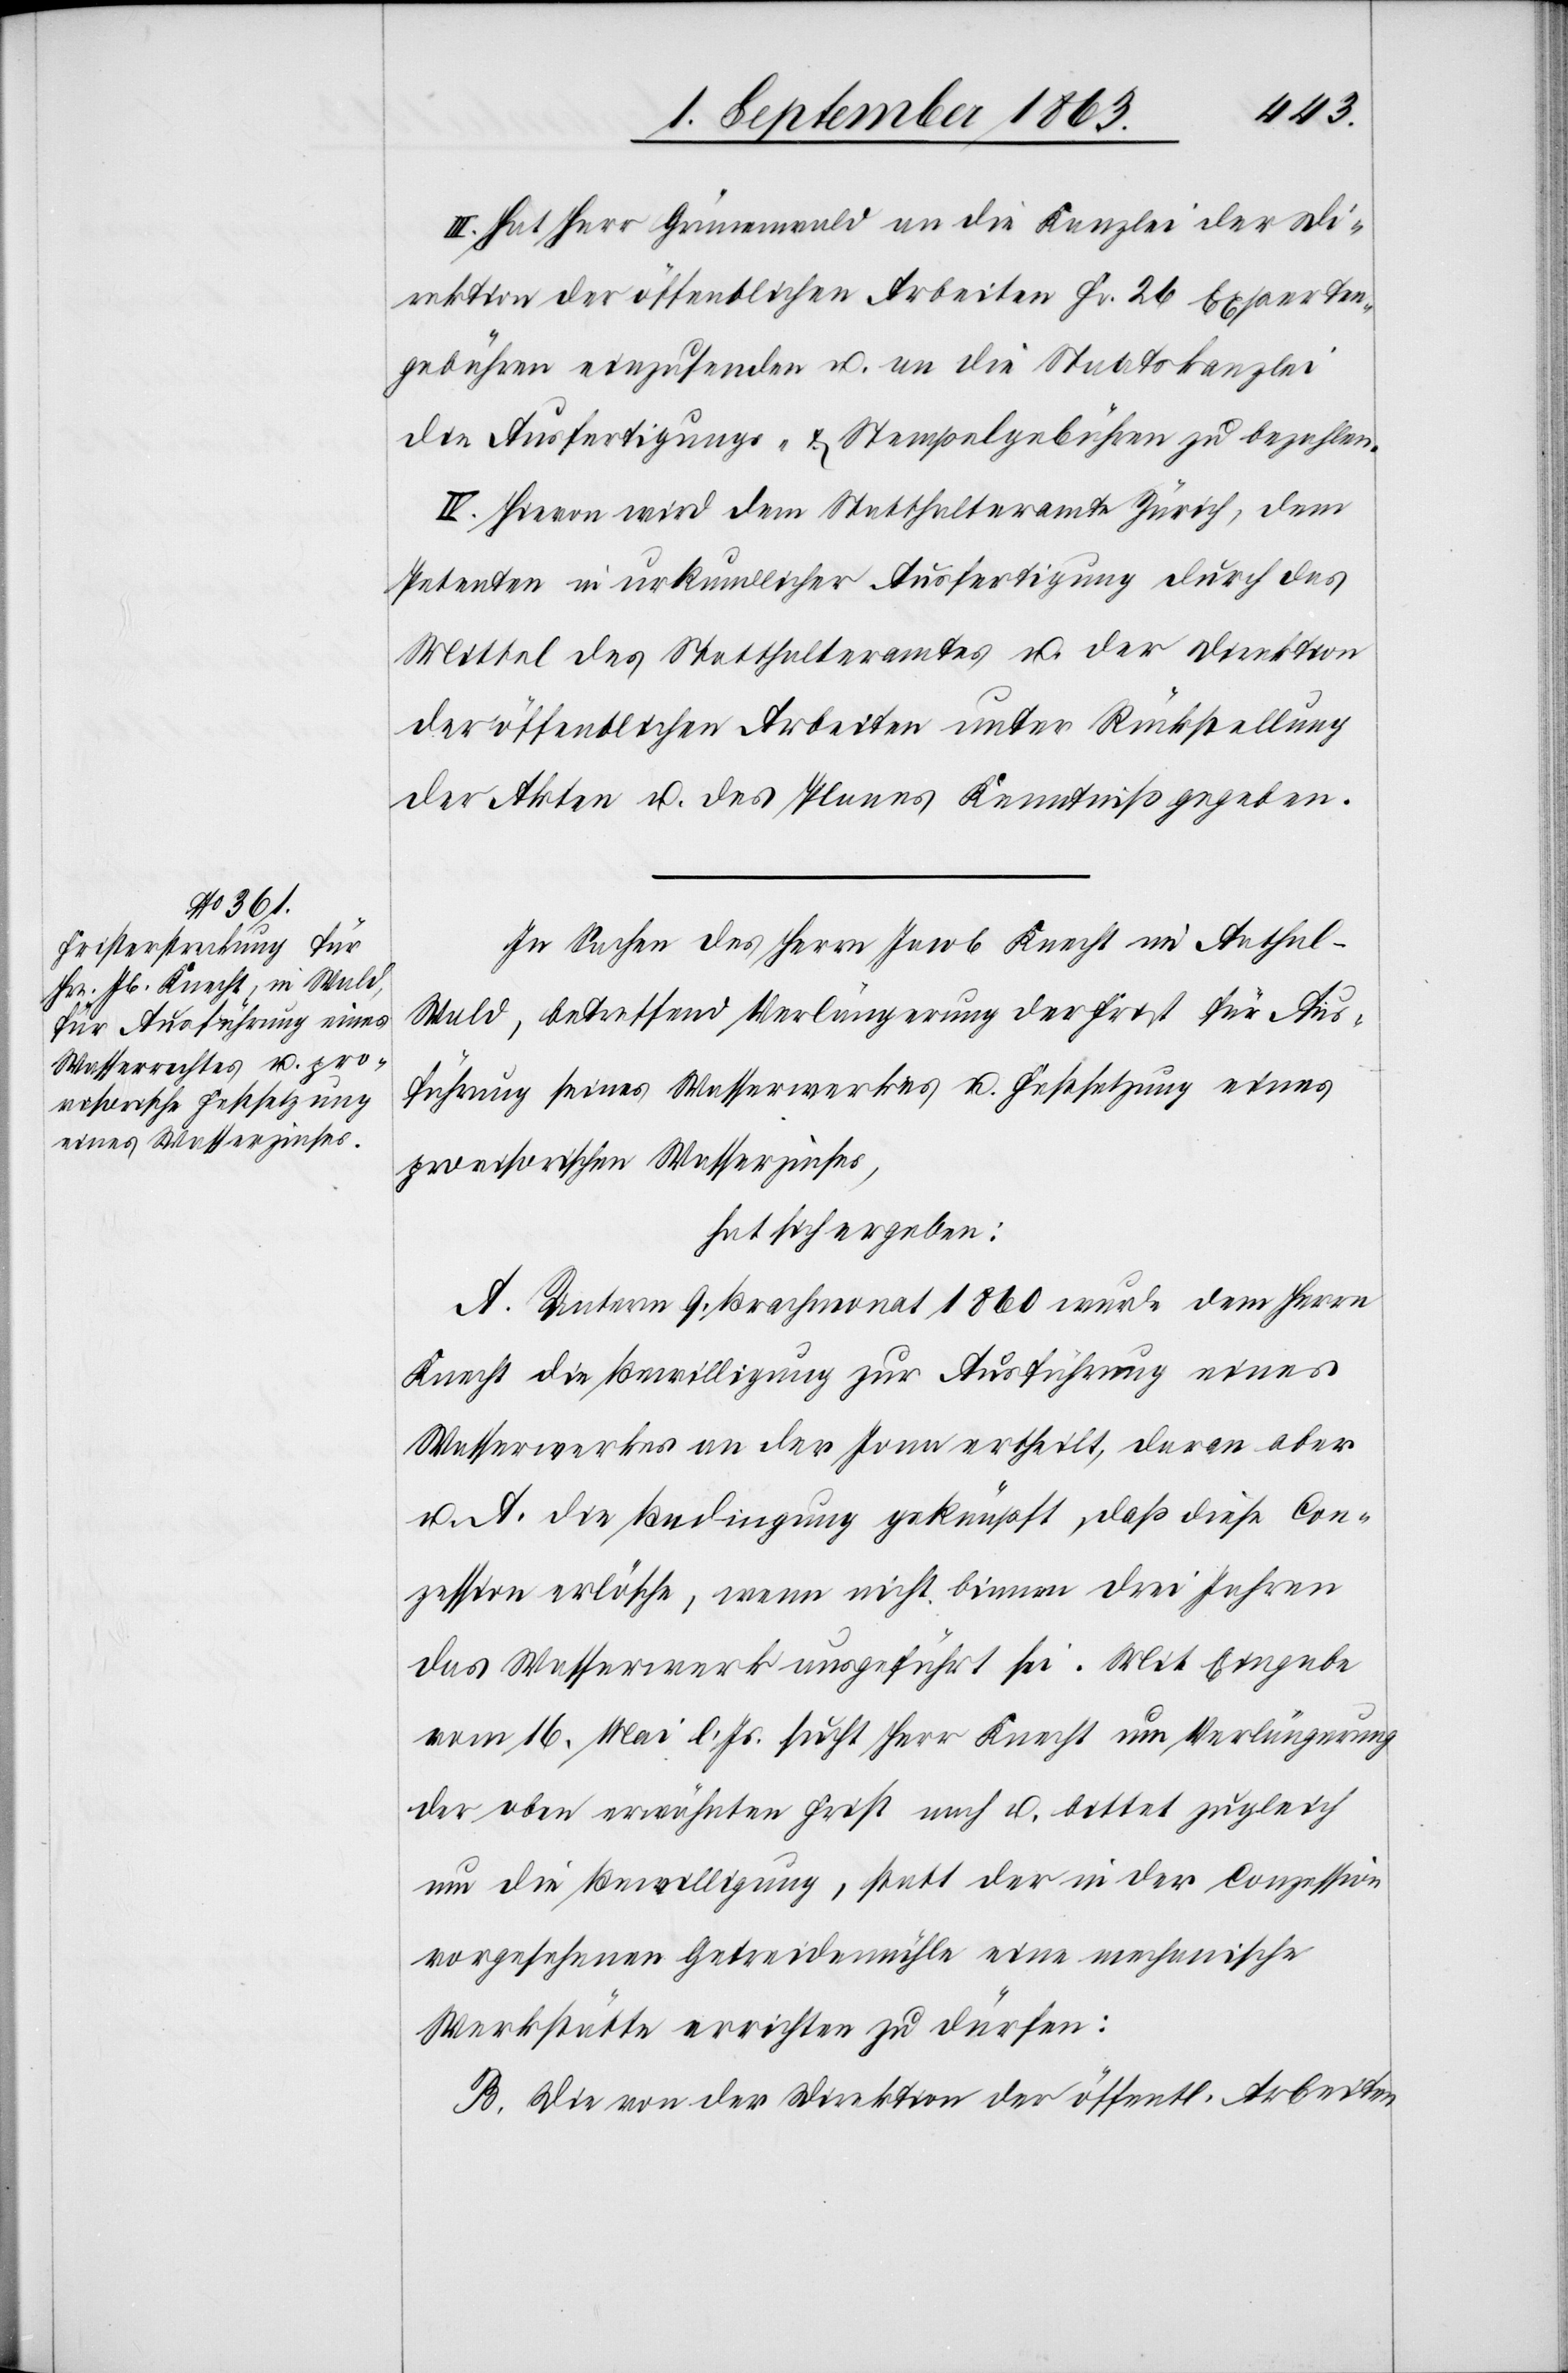
III. Hat Herr Grünenwald an die Kanzlei der Di¬
rektion der öffentlichen Arbeiten Fr. 26 Experten¬
gebühren einzusenden u. an die Staatskanzlei
die Ausfertigungs- & Stempelgebühren zu bezahlen.
IV. Hievon wird dem Statthalteramte Zürich, dem
Petenten in urkundlicher Ausfertigung durch das
Mittel des Statthalteramtes u. der Direktion
der öffentlichen Arbeiten unter Rückstellung
der Akten u. des Planes Kenntniß gegeben.
In Sachen des Herrn Jacob Knecht im Aathal-W¬
ald, betreffend Verlängerung der Frist für Aus¬
führung seines Wasserwerkes u. Festsetzung eines
provisorischen Wasserzinses,
hat sich ergeben:
A. Unterm 9. Brachmonat 1860 wurde dem Herrn
Knecht die Bewilligung zur Ausführung eines
Wasserwerkes an der Jona ertheilt, daran aber
u. A. die Bedingung geknüpft, daß diese Con¬
zession erlösche, wenn nicht binnen drei Jahren
das Wasserwerk ausgeführt sei. Mit Eingabe
vom 16. Mai l. Js. sucht Herr Knecht um Verlängerung
der oben erwähnten Frist nach u. bittet zugleich
um die Bewilligung, statt der in der Conzession
vorgesehenen Getreidemühle eine mechanische
Werkstätte errichten zu dürfen:
B. Die von der Direktion der öffentl. Arbeiten